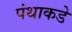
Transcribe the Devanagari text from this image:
पंथाकडे